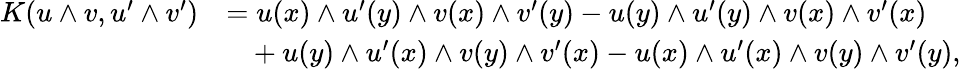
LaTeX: \begin{array}{rl}{K(u\wedge v,u^{\prime}\wedge v^{\prime})}&{=u(x)\wedge u^{\prime}(y)\wedge v(x)\wedge v^{\prime}(y)-u(y)\wedge u^{\prime}(y)\wedge v(x)\wedge v^{\prime}(x)}\\ &{\ \ \ +u(y)\wedge u^{\prime}(x)\wedge v(y)\wedge v^{\prime}(x)-u(x)\wedge u^{\prime}(x)\wedge v(y)\wedge v^{\prime}(y),}\end{array}